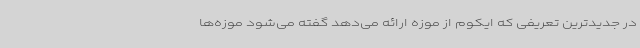
در جدیدترین تعریفی که ایکوم از موزه ارائه می‌دهد گفته می‌شود موزه‌ها